Indian journal of veterinary science and animal husbandry - Volume 8,
Year: 1938
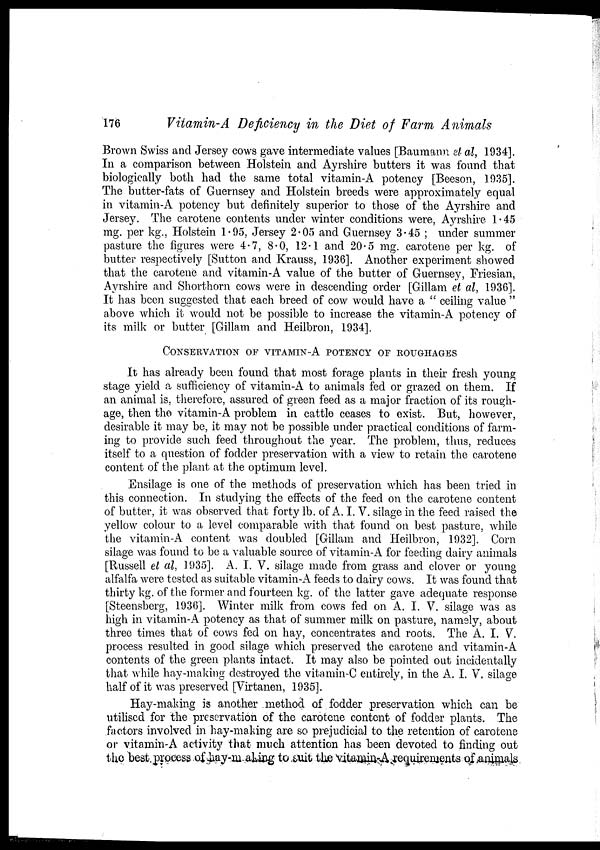
176
Vitamin-A Deficiency in the Diet of Farm Animals
Brown Swiss and Jersey cows gave intermediate values [Baumann et al, 1934].
In a comparison between Holstein and Ayrshire butters it was found that
biologically both had the same total vitamin-A potency [Beeson, 1935].
The butter-fats of Guernsey and Holstein breeds were approximately equal
in vitamin-A potency but definitely superior to those of the Ayrshire and
Jersey. The carotene contents under winter conditions were, Ayrshire 1.45
mg. per kg., Holstein 1.95, Jersey 2.05 and Guernsey 3.45 ; under summer
pasture the figures were 4.7, 8.0, 12.1 and 20.5 mg. carotene per kg. of
butter respectively [Sutton and Krauss, 1936]. Another experiment showed
that the carotene and vitamin-A value of the butter of Guernsey, Friesian,
Ayrshire and Shorthorn cows were in descending order [Gillam et al, 1936].
It has been suggested that each breed of cow would have a " ceiling value "
above which it would not be possible to increase the vitamin-A potency of
its milk or butter [Gillam and Heilbron, 1934].
CONSERVATION OF VITAMIN-A POTENCY OF ROUGHAGES
It has already been found that most forage plants in their fresh young
stage yield a sufficiency of vitamin-A to animals fed or grazed on them. If
an animal is, therefore, assured of green feed as a major fraction of its rough-
age, then the vitamin-A problem in cattle ceases to exist. But, however,
desirable it may be, it may not be possible under practical conditions of farm-
ing to provide such feed throughout the year. The problem, thus, reduces
itself to a question of fodder preservation with a view to retain the carotene
content of the plant at the optimum level.
Ensilage is one of the methods of preservation which has been tried in
this connection. In studying the effects of the feed on the carotene content
of butter, it was observed that forty lb. of A. I. V. silage in the feed raised the
yellow colour to a level comparable with that found on best pasture, while
the vitamin-A content was doubled [Gillam and Heilbron, 1932]. Corn
silage was found to be a valuable source of vitamin-A for feeding dairy animals
[Russell et al, 1935]. A. I. V. silage made from grass and clover or young
alfalfa were tested as suitable vitamin-A feeds to dairy cows. It was found that
thirty kg. of the former and fourteen kg. of the latter gave adequate response
[Steensberg, 1936]. Winter milk from cows fed on A. I. V. silage was as
high in vitamin-A potency as that of summer milk on pasture, namely, about
three times that of cows fed on hay, concentrates and roots. The A. I. V
process resulted in good silage which preserved the carotene and vitamin-A
contents of the green plants intact. It may also be pointed out incidentally
that while hay-making destroyed the vitamin-C entirely, in the A. I. V. silage
half of it was preserved [Virtanen, 1935].
Hay-making is another method of fodder preservation which can be
utilised for the preservation of the carotene content of fodder plants. The
factors involved in hay-making are so prejudicial to the retention of carotene
or vitamin-A activity that much attention has been devoted to finding out
the best process of hay-making to suit the vitamin-A requirements of animals